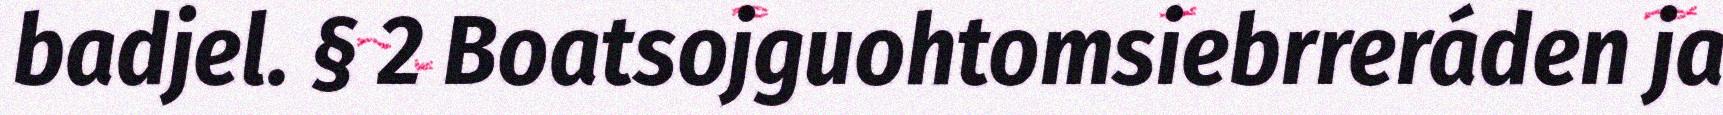
badjel. § 2 Boatsojguohtomsiebrreráden ja